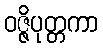
ဝဇ္ဇိပုတ္တကာ